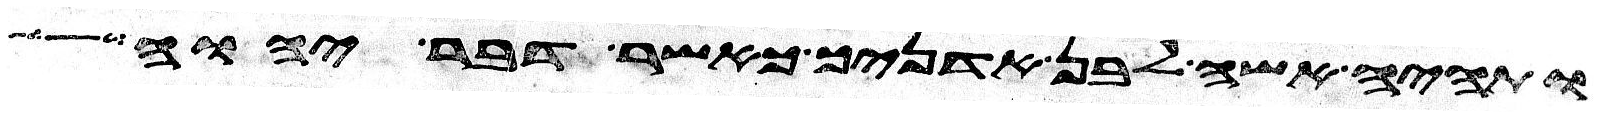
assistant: ותהי אשה לבן אדניך כאשר דבר יהוה